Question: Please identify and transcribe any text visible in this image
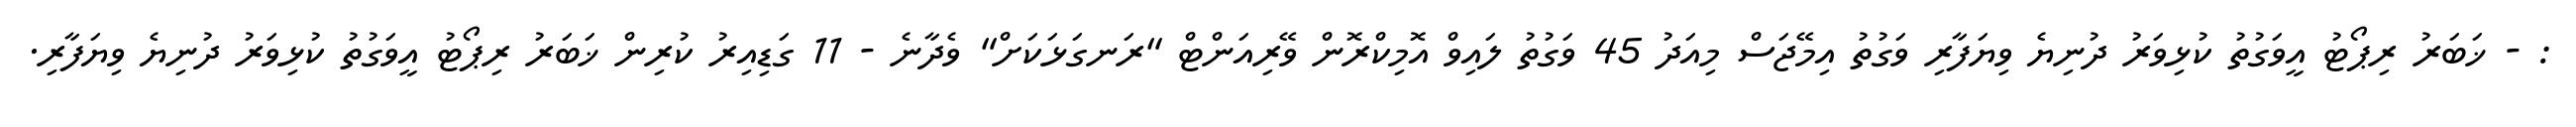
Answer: : - ޚަބަރު ރިޕޯޓު އީވަގުތު ކުޅިވަރު ދުނިޔެ ވިޔަފާރި ވަގުތު އިމޭޖަސް މިއަދު 45 ވަގުތު ލައިވް އޮމިކްރޮން ވޭރިއަންޓް "ރަނގަޅަކަށް" ވެދާނެ - 11 ގަޑިއިރު ކުރިން ޚަބަރު ރިޕޯޓު އީވަގުތު ކުޅިވަރު ދުނިޔެ ވިޔަފާރި.